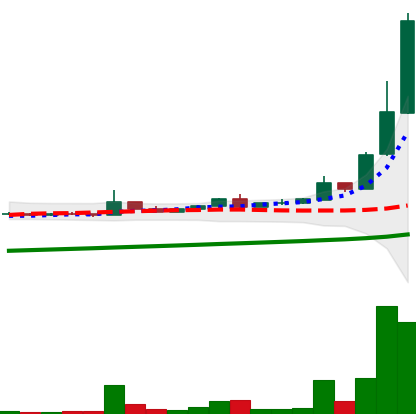
Ticker: DOGE-USD
Chart end date: 2021-04-15
Forward return: 75.35%
Label: up_7plus